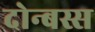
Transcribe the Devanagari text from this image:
दोन्बस्स